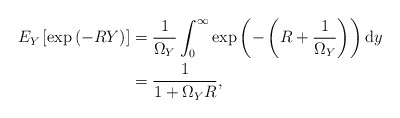
\begin{align*}E_Y \left[ \exp\left({-RY}\right)\right] &=\frac{1}{\Omega_Y} \int_{0}^\infty \exp\left({- \left( R + \frac{1}{\Omega_Y} \right)}\right) \mathrm{d}y \\&= \frac{1}{1+ \Omega_Y R}, \end{align*}